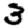
Digit: 3